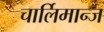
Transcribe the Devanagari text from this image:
चार्लिमान्ज